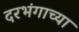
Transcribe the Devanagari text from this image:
दरभंगाच्या